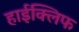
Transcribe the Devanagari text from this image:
हाईक्लिफ